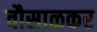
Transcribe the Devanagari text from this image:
चौसाळकर